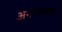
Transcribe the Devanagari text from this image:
अनाक्रमक